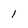
Character: 1